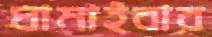
ঘামাইবার